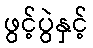
ဖွင့်ပွဲနှင့်